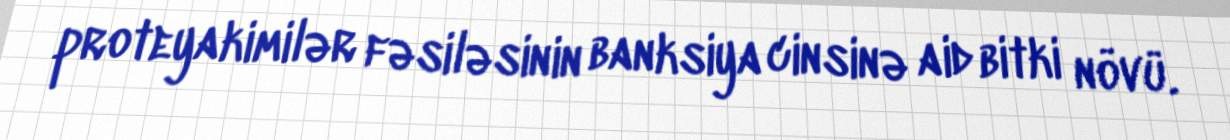
proteyakimilər fəsiləsinin banksiya cinsinə aid bitki növü.